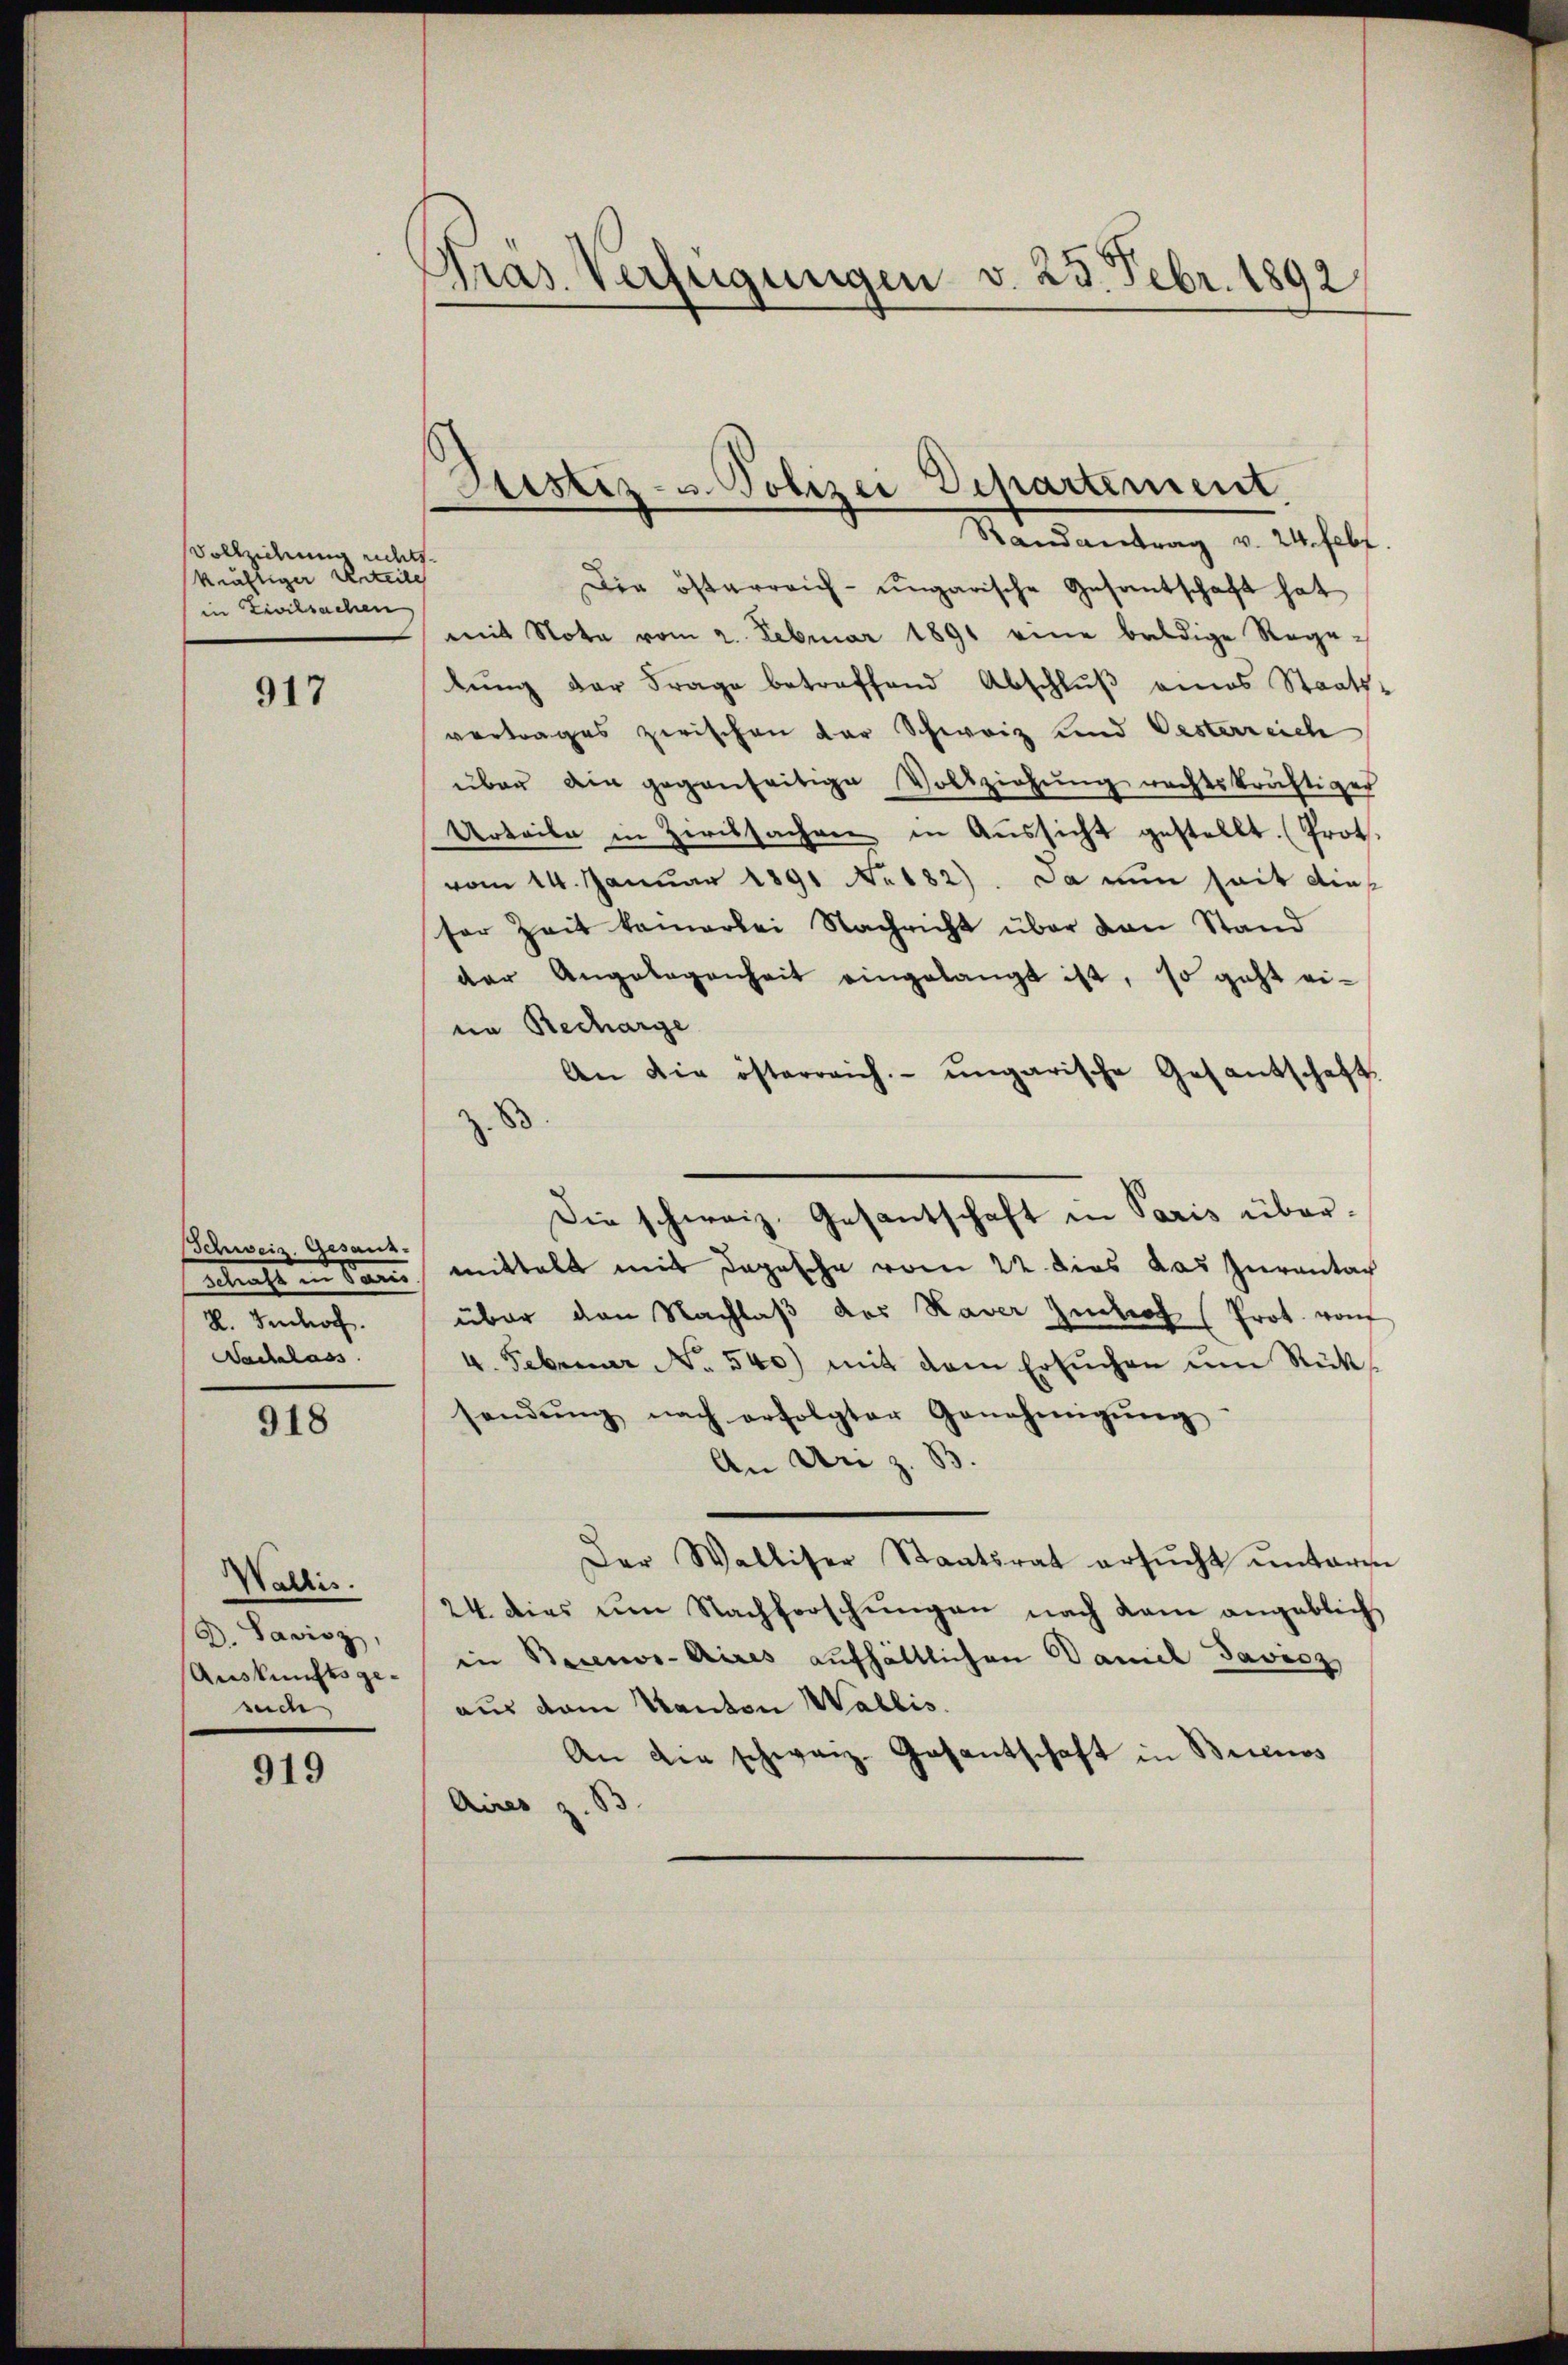
Vollziehung nichts.
kräftiger Urteils
in Zivilsachen

917

Schweiz. Gesaus-
Betrache in Kran
R. Jedoch
Nachlass

918

Wallis.
D. Savisz,
Auskunftsgesech

919

Pras. Verfügungen v. 25. Febr. 1892

Justiz- u. Polizei Departement.

Mandantung u. Gesetz
Die österreich-ungarische Gesantschaft hat
mit Note vom 2. Februar 1891 eine baldige Rege-
lung der Frage betreffend Abschluß eines Staats-
vertrages zwischen der Schweiz und Vesterreich
über die gegenseitige Vollziehŭng rechtskräftiger
Urteile in Zirissachen in Aussicht gestellt. (Prot
vom 14. Januar 1891 No 182). Da nun seit dies
ser Zeit kamerlei Nachricht über von Stand
der Angelegenheit eingelangt ist, so geht eine Recharge
An die österreich. ungarische Gesantschaft.
Die schweiz. Gesantschaft in Paris übermittelt mit Depesche vom 22 dies das Zurantach
über den Nachlaß des Kaver Zitroh (Prot. von
4. Februar No. 540) mit dem Ersuchen ŭm Rücksendŭng nach erfolgter Genehmigŭng
An Uri z. B.
Der Walliser Staatsrat ersŭcht unterm
24 dies im Nachforschŭngen nach dem angeblich
in Beienos-Aires aufhältlichen Daniel Javicz
aus dem Kanton Wallis.
An die schwarz-Gasantschaft in Buenos
Aires z. B.